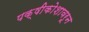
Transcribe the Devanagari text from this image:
पक्षीकोशावरून